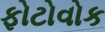
ફોટોવોક